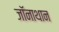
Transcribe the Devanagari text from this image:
जॉनाथान